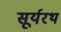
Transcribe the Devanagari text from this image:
सूर्यरथ